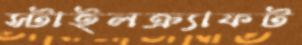
স্টাইলক্র্যাফট